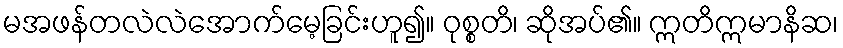
မအဖန်တလဲလဲအောက်မေ့ခြင်းဟူ၍။ ဝုစ္စတိ၊ ဆိုအပ်၏။ ဣတိဣမာနိဆ၊